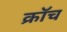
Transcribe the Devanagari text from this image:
क्रॉच